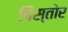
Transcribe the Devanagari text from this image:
पिस्तोर